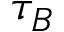
\tau _ { B }